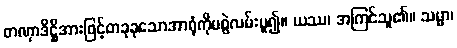
တဏှာဒိဋ္ဌိအားဖြင့်တခုခုသောအာရုံကိုမစွဲလမ်းမူ၍။ ယဿ၊ အကြင်သူ၏။ သမ္မာ၊